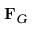
\mathbf { F } _ { G }